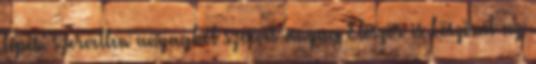
lépés: szervetlen anyagból szerves anyag Először is köszönet az